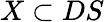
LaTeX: X\subset DS